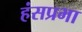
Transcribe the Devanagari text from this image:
हंसप्रभा